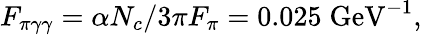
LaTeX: F_{\pi\gamma\gamma}=\alpha N_{c}/3\pi F_{\pi}=0.025\; \mathrm{GeV^{-1}},